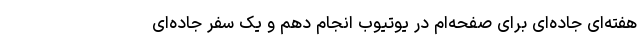
هفته‌ای جاده‌ای برای صفحه‌ام در یوتیوب انجام دهم و یک سفر جاده‌ای